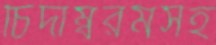
চিদাম্বরমসহ